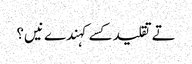
تے تقلید کسے کہندے نیں؟